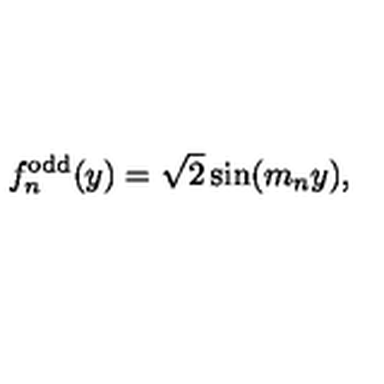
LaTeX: f _ { n } ^ { \mathrm { o d d } } ( y ) = \sqrt { 2 } \sin ( m _ { n } y ) ,